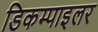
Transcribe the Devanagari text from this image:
डिकम्पाइलर